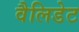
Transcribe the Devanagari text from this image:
वैलिडेट